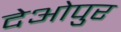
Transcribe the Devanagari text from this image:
देओपुर